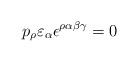
LaTeX: \begin{align*}p_{\rho}\varepsilon_{\alpha}\epsilon^{\rho \alpha \beta \gamma} = 0\end{align*}